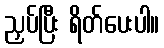
ညှပ်ပြီး ရိတ်ပေးပါ။